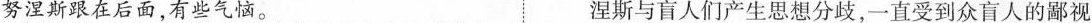
努涅斯跟在后面，有些气恼。 涅斯与盲人们产生思想分歧，一直受到众盲人的鄙视